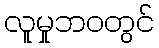
လူမှုဘဝတွင်